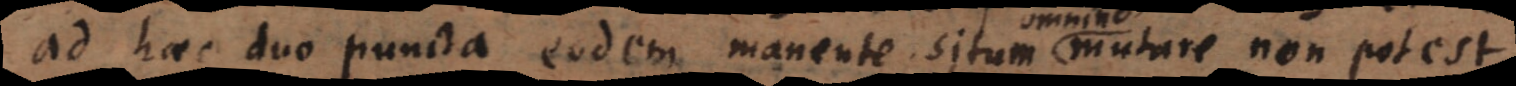
ad haec duo puncta eodem manente, situm mutare non potest